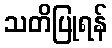
သတိပြုရန်